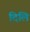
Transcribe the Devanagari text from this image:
दिलि